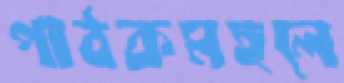
পাঠকমহলে